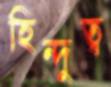
হিন্দুত্ব